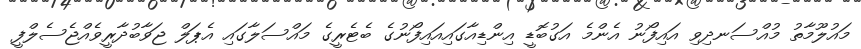
މައުލޫމާތު މުއްސަނދިވި އައިފޯނު އެންމެ އަގުބޮޑީ އިންޑިއާގައިއައިފޯނުގެ ބެޓެރީގެ މައްސަލާގައި އެޕަލް ޖަވާބުދާރީވެއްޖެސެލްފީ